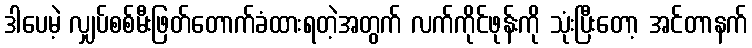
ဒါပေမဲ့ လျှပ်စစ်မီးဖြတ်တောက်ခံထားရတဲ့အတွက် လက်ကိုင်ဖုန်းကို သုံးပြီးတော့ အင်တာနက်